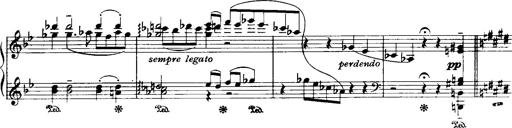
Title: Historische ungarische Bildnisse
Composer: Franz Liszt